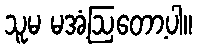
သူမ မအံ့ဩတော့ပါ။